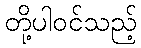
တို့ပါဝင်သည့်